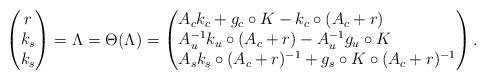
LaTeX: \begin{align*}\begin{pmatrix}r \\ k_s \\ k_s \end{pmatrix} = \Lambda = \Theta^{}(\Lambda) = \begin{pmatrix*}[l]A_c k_c +g_c \circ K{}{} -k_c \circ (A_c +r) \\A_u^{-1}k_u \circ (A_c + r) - A_u^{-1} g_u \circ K{}{} \\ A_s k_s\circ (A_c + r)^{-1} + g_s \circ K{}{} \circ (A_c +r)^{-1}\end{pmatrix*}.\end{align*}